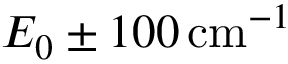
E _ { 0 } \pm 1 0 0 \, \mathrm { c m } ^ { - 1 }